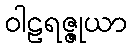
ဝါဠရဇ္ဇုယာ